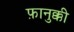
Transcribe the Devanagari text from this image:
फ़ानुक्की